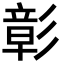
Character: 彰